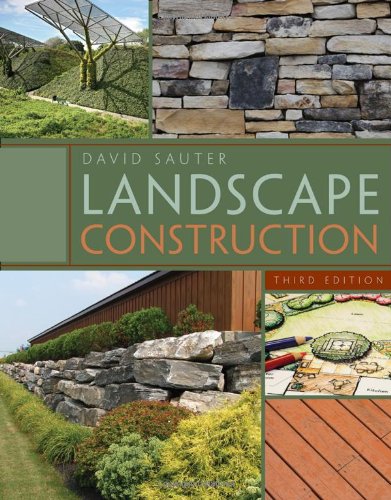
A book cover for Landscape Construction; David Sauter; Arts & Photography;